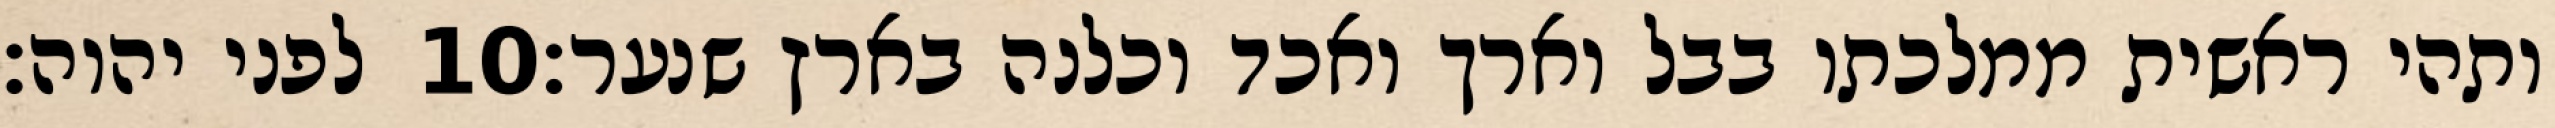
לפני יהוה׃ ‎10‏ ותהי ראשית ממלכתו בבל וארך ואכד וכלנה בארץ שנער׃